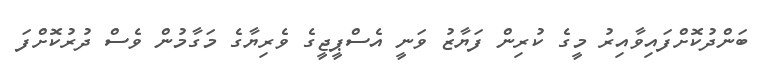
ބަންދުކޮށްފައިވާއިރު މީގެ ކުރިން ފަޔާޒު ވަނީ އެސްޕީޖީގެ ވެރިޔާގެ މަގާމުން ވެސް ދުރުކޮށްފަ